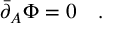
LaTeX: \bar { \partial } _ { A } \Phi = 0 \quad .